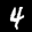
Digit: 4